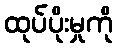
ထုပ်ပိုးမှုကို